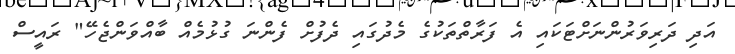
އަދި ދަރިވަރުންނަށްޓަކައި އެ ފަރާތްތަކުގެ މެދުގައި ދެފުށް ފެންނަ ގުޅުމެއް ބާއްވަންޖެހޭ" ރައީސް